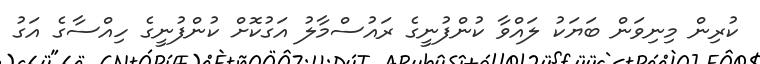
ކުރިން މިނިވަން ބަޔަކު ލައްވާ ކުންފުނީގެ ރައުސްމާލު އަގުކޮށް ކުންފުނީގެ ހިއްސާގެ އަގު